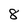
Character: 8